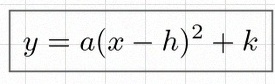
y=a(x-h)^2+k